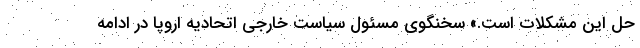
حل این مشکلات است.» سخنگوی مسئول سیاست خارجی اتحادیه اروپا در ادامه